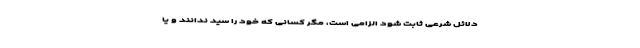
دلائل شرعی ثابت شود الزامی است، مگر کسانی که خود را سید ندانند و یا